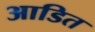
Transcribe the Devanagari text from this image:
आडित